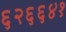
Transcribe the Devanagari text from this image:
६२६६४१